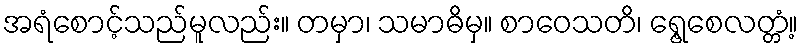
အရံစောင့်သည်မူလည်း။ တမှာ၊ သမာဓိမှ။ စာဝေသတိ၊ ရွေ့စေလတ္တံ့။